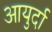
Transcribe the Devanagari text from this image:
आयुर्दा